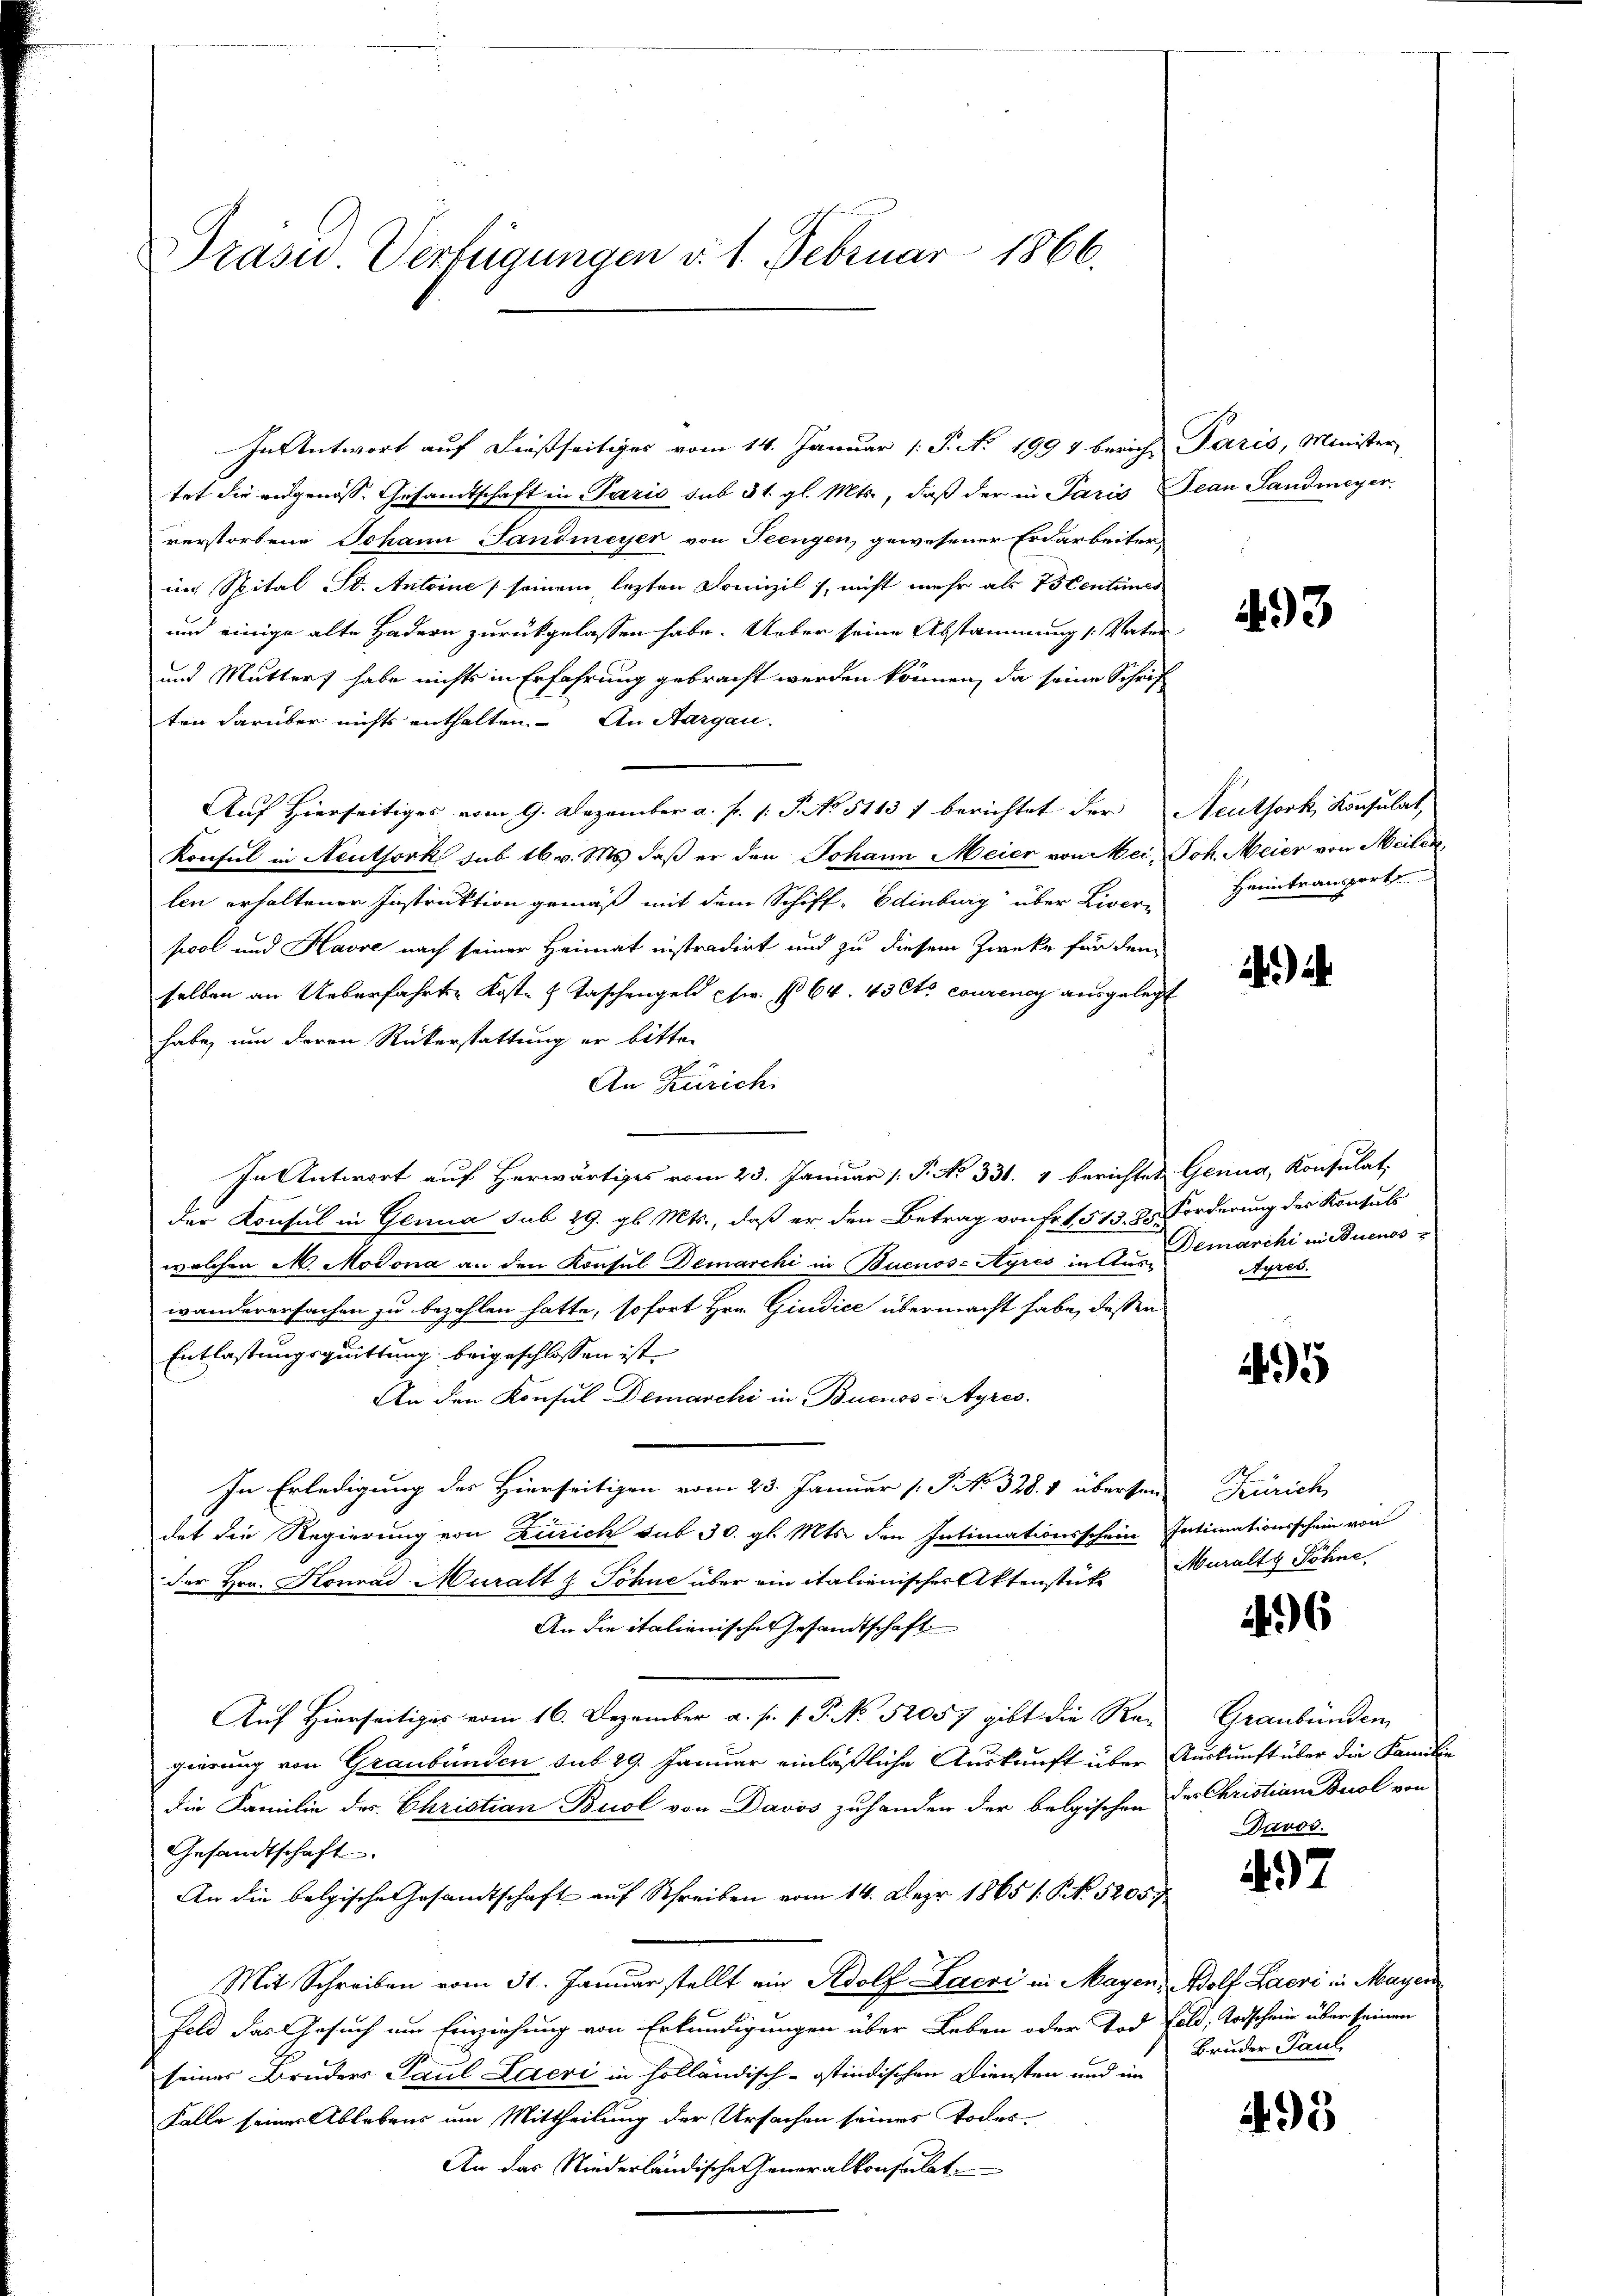
Präsid. Verfügungen v. 1. Februar 1866.

In Antwort auf dießseitiges vom 14. Januar 1. P. No. 1994 berich Paris, Minister
tet die eidgenöss. Gesamtschaft in Paris sub 31. gl. Mts., daß der in Paris Jean Landmeyer
verstorbene Johann Landmeyer von Seengen, gewesener Erdarbeiter
ins Spital St. Antoine seinem lezten Domizil), nicht mehr als Vicentimes
und einige alte Hadern zurückgelassen habe. Ueber seine Abstammung (: Vater
und Muttert habe nichts in Erfahrung gebracht werden können, da seine Schrif
ten darüber nichts enthalten. An Aargau.
Auf Hierseitiges vom 9. Dezember a. f. 1: P. No 5113 f berichtet der Neuthork, Konsulat,
Konsul in Neuthork sub 16. v. Ms. daß er den Johann Meier von Mei, Joh. Meier von Meilen,
len erhaltener Instruktion gemäß mit dem Schiff-Edinburg über Liver-
pool und Kasse nach seiner Heimat instradirt und zu diesem Zwecke für den
selben an Ueberfahrte Kost- & Taschengeld fw. No 64. 43 et courenes ausgelegt
habe, um deren Rükerstattung er bitte
An Zürich.
In Antwort auf Herwärtiges vom 23. Januar 1. P. No 331. 4 berichtet Genua, Konsulat,
der Konsul in Genua sub 29. gl. Mts., daß er den Betrag von Fr. 1513. 8. Forderung der Konsuls
welchen M. Modona an den Konsul Demarchi in Buenos-Ayres in Auswanderersachen zu bezahlen hatte, sofort Hrn. Giudice übermacht habe, dessen
Entlastungsquittung beigeschlossen ist.
An den Konsul Demarchi in Buenos-Ayres,
In Erledigung des Hierseitigen vom 23. Januar (S. 328. 1 übersten Zürich,
1
det die Regierung von Zürich sub 30. gl. Mts. den Intimationsschein Intimationsschein von
der Hrr. Konrad Muralt & Söhne über ein italienischer Aktenstük Muralty Söhne
An die italienisches Gesandtschaft
Auf Hierseitiges vom 16. Dezember a. p. 1. P. No 52057 gibt die Re-
gierung von Graubünden sub 29. Januar einläßliche Auskunft über Auskunft über die Familie
die Familie des Christian Buol von Davos zuhanden der belgischen des Christian Buol von
Gesandtschaft.
An die belgische Gesandtschaft auf Schreiben vom 14. Der 1865 /: P. Nr. 5205
Mit Schreiben vom 31. Januar stellt ein Adolf Lacri in Mayen, Adolf Lacri in Mayern
Feld das Gesuch um Einziehung von Erkundigungen über Leben oder Tod Feld, Todschein über seinen
seiner Bruders Paul Laeri in holländisch-ostindischen Diensten und im
Falle seiner Ablebens um Mittheilung der Ursachen seines Todes-
An das Niederländische Generalkonsulat

493

Heimtransport

1

Demarchi in Buenos
Ayres.

495

6

Graubünden
Davos.

197

Bruder Paul

493